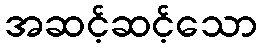
အဆင့်ဆင့်သော